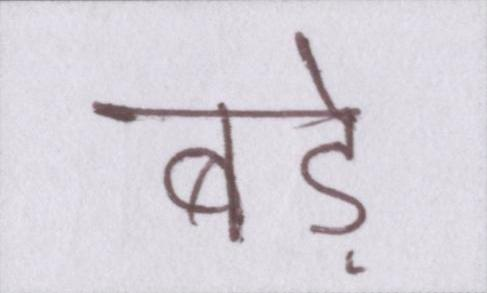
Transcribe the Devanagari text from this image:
बड़े